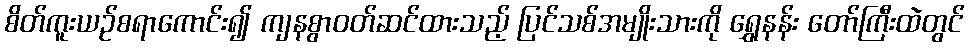
စိတ်ကူးယဉ်စရာကောင်း၍ ကျနစွာဝတ်ဆင်ထားသည့် ပြင်သစ်အမျိုးသားကို ရွှေနန်း တော်ကြီးထဲတွင်